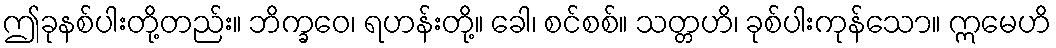
ဤခုနစ်ပါးတို့တည်း။ ဘိက္ခဝေ၊ ရဟန်းတို့။ ခေါ၊ စင်စစ်။ သတ္တဟိ၊ ခုစ်ပါးကုန်သော။ ဣမေဟိ